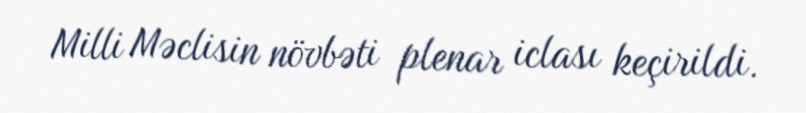
Milli Məclisin növbəti plenar iclası keçirildi.